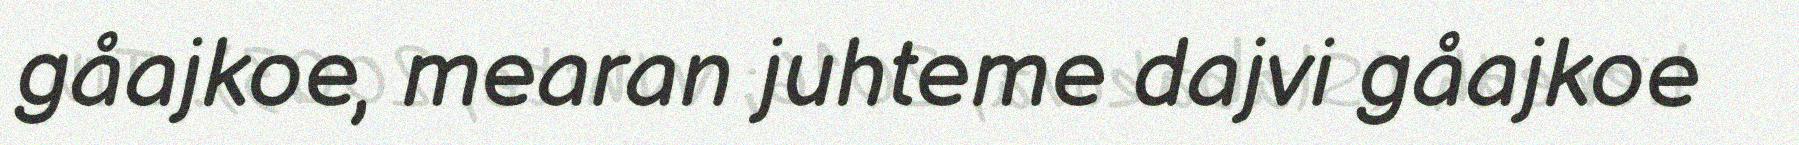
gåajkoe, mearan juhteme dajvi gåajkoe